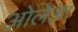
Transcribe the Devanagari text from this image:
ओलेआ